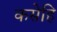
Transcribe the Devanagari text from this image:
कसेहि